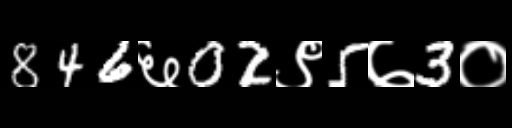
Text: 846६02९5७3०